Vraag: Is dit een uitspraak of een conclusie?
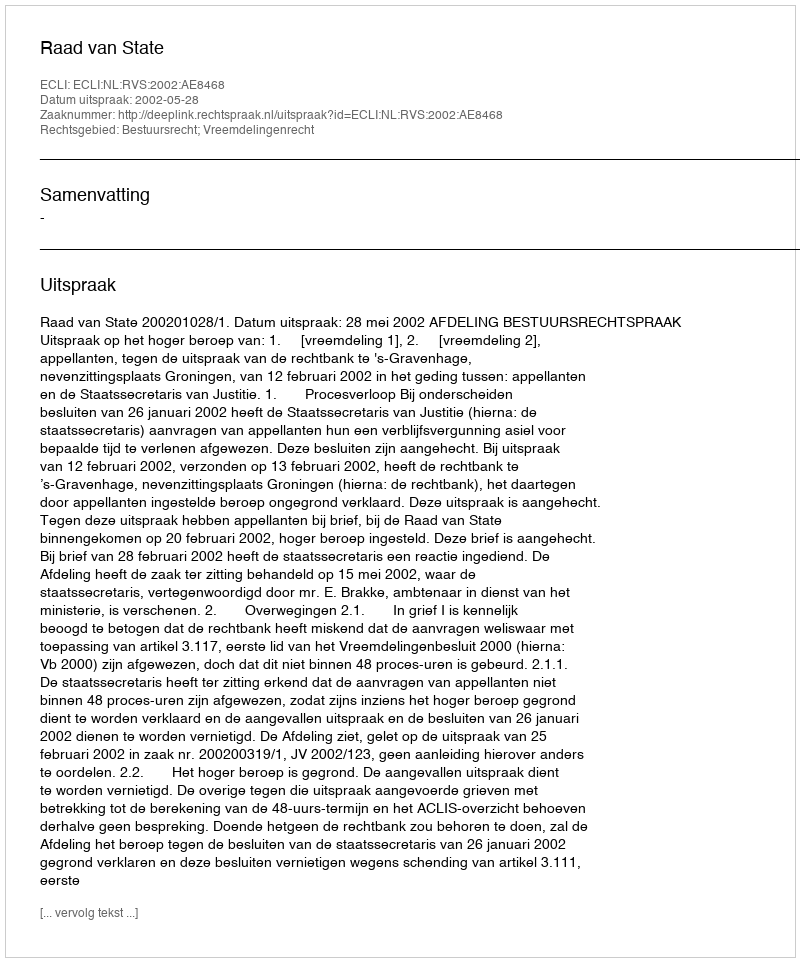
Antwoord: Uitspraak